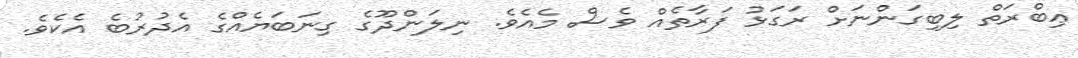
ޢިބްރަތް ލިބިގަންނަށް ރަގަޅު ފަރާތެއް ވެސް މެއެވެ. ނިލަންދޫގެ ގިނަބަޔެއްގެ އެދުރުބެ އެކެވެ.